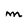
Character: m